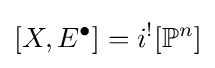
[X,E^{\bullet }]=i^{!}[\mathbb {P} ^{n}]